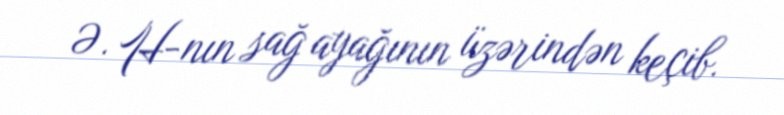
Ə. H-nın sağ ayağının üzərindən keçib.